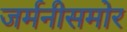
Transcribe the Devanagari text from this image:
जर्मनीसमोर